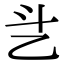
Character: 乧